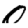
Digit: 0